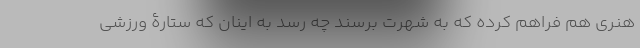
هنری هم فراهم کرده که به شهرت برسند چه رسد به اینان که ستارۀ ورزشی